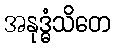
အနုဒ္ဓံသိတေ